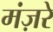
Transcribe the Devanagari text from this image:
मंज़रे